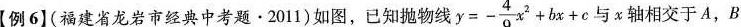
【例6](福建省龙岩市经典中考题·2011)如图，已知抛物线 $$y=- \frac{4}{9}x^{2}+bx+c$$ 与x轴相交于A，B